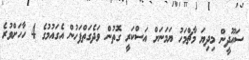
ސައޫދީން މިދިޔަ މާޗްމަހު ޔަމަނަށް އަސްކަރީ ގޮތުން ވަދެގަތްފަހުން އެގައުމުގެ 4 ހާހަށްވުރެ